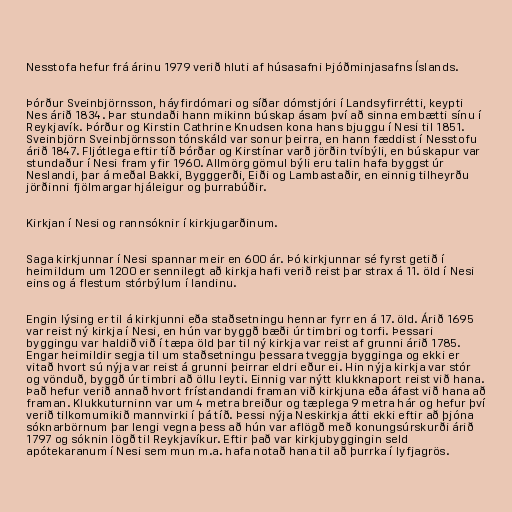
Nesstofa hefur frá árinu 1979 verið hluti af húsasafni Þjóðminjasafns Íslands.

Þórður Sveinbjörnsson, háyfirdómari og síðar dómstjóri í Landsyfirrétti, keypti
Nes árið 1834. Þar stundaði hann mikinn búskap ásam því að sinna embætti sínu í
Reykjavík. Þórður og Kirstin Cathrine Knudsen kona hans bjuggu í Nesi til 1851.
Sveinbjörn Sveinbjörnsson tónskáld var sonur þeirra, en hann fæddist í Nesstofu
árið 1847. Fljótlega eftir tíð Þórðar og Kirstínar varð jörðin tvíbýli, en búskapur var
stundaður í Nesi fram yfir 1960. Allmörg gömul býli eru talin hafa byggst úr
Neslandi, þar á meðal Bakki, Bygggerði, Eiði og Lambastaðir, en einnig tilheyrðu
jörðinni fjölmargar hjáleigur og þurrabúðir.

Kirkjan í Nesi og rannsóknir í kirkjugarðinum.

Saga kirkjunnar í Nesi spannar meir en 600 ár. Þó kirkjunnar sé fyrst getið í
heimildum um 1200 er sennilegt að kirkja hafi verið reist þar strax á 11. öld í Nesi
eins og á flestum stórbýlum í landinu.

Engin lýsing er til á kirkjunni eða staðsetningu hennar fyrr en á 17. öld. Árið 1695
var reist ný kirkja í Nesi, en hún var byggð bæði úr timbri og torfi. Þessari
byggingu var haldið við í tæpa öld þar til ný kirkja var reist af grunni árið 1785.
Engar heimildir segja til um staðsetningu þessara tveggja bygginga og ekki er
vitað hvort sú nýja var reist á grunni þeirrar eldri eður ei. Hin nýja kirkja var stór
og vönduð, byggð úr timbri að öllu leyti. Einnig var nýtt klukknaport reist við hana.
Það hefur verið annað hvort frístandandi framan við kirkjuna eða áfast við hana að
framan. Klukkuturninn var um 4 metra breiður og tæplega 9 metra hár og hefur því
verið tilkomumikið mannvirki í þá tíð. Þessi nýja Neskirkja átti ekki eftir að þjóna
sóknarbörnum þar lengi vegna þess að hún var aflögð með konungsúrskurði árið
1797 og sóknin lögð til Reykjavíkur. Eftir það var kirkjubyggingin seld
apótekaranum í Nesi sem mun m.a. hafa notað hana til að þurrka í lyfjagrös.